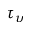
\tau _ { \upsilon }